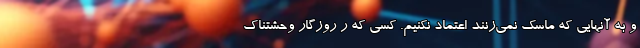
و به آنهایی که ماسک نمی‌زنند اعتماد نکنیم. کسی که ر روزگار وحشتناک